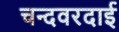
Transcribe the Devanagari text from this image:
चन्दवरदाई